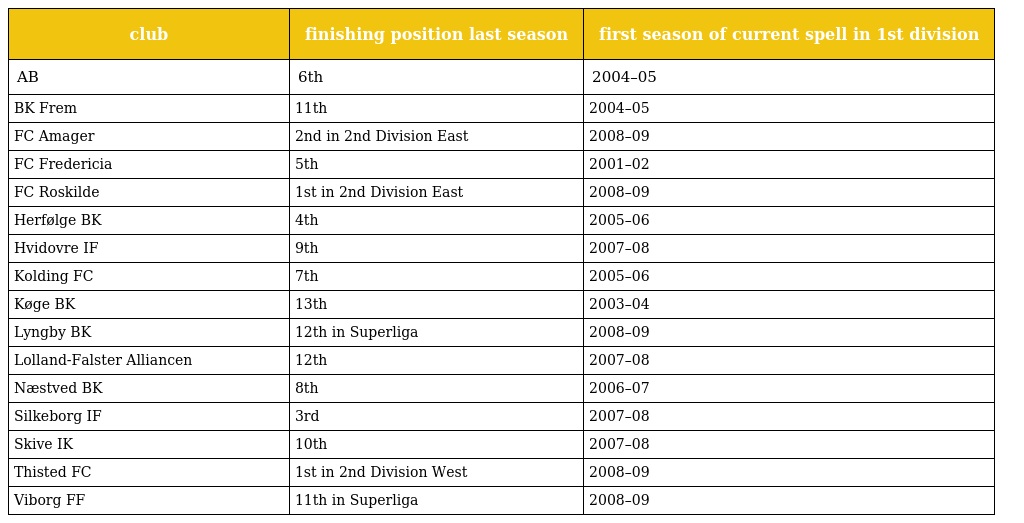
| club | finishing position last season | first season of current spell in 1st division |
 | --- | --- | --- |
 | AB | 6th | 2004–05 |
 | BK Frem | 11th | 2004–05 |
 | FC Amager | 2nd in 2nd Division East | 2008–09 |
 | FC Fredericia | 5th | 2001–02 |
 | FC Roskilde | 1st in 2nd Division East | 2008–09 |
 | Herfølge BK | 4th | 2005–06 |
 | Hvidovre IF | 9th | 2007–08 |
 | Kolding FC | 7th | 2005–06 |
 | Køge BK | 13th | 2003–04 |
 | Lyngby BK | 12th in Superliga | 2008–09 |
 | Lolland-Falster Alliancen | 12th | 2007–08 |
 | Næstved BK | 8th | 2006–07 |
 | Silkeborg IF | 3rd | 2007–08 |
 | Skive IK | 10th | 2007–08 |
 | Thisted FC | 1st in 2nd Division West | 2008–09 |
 | Viborg FF | 11th in Superliga | 2008–09 |